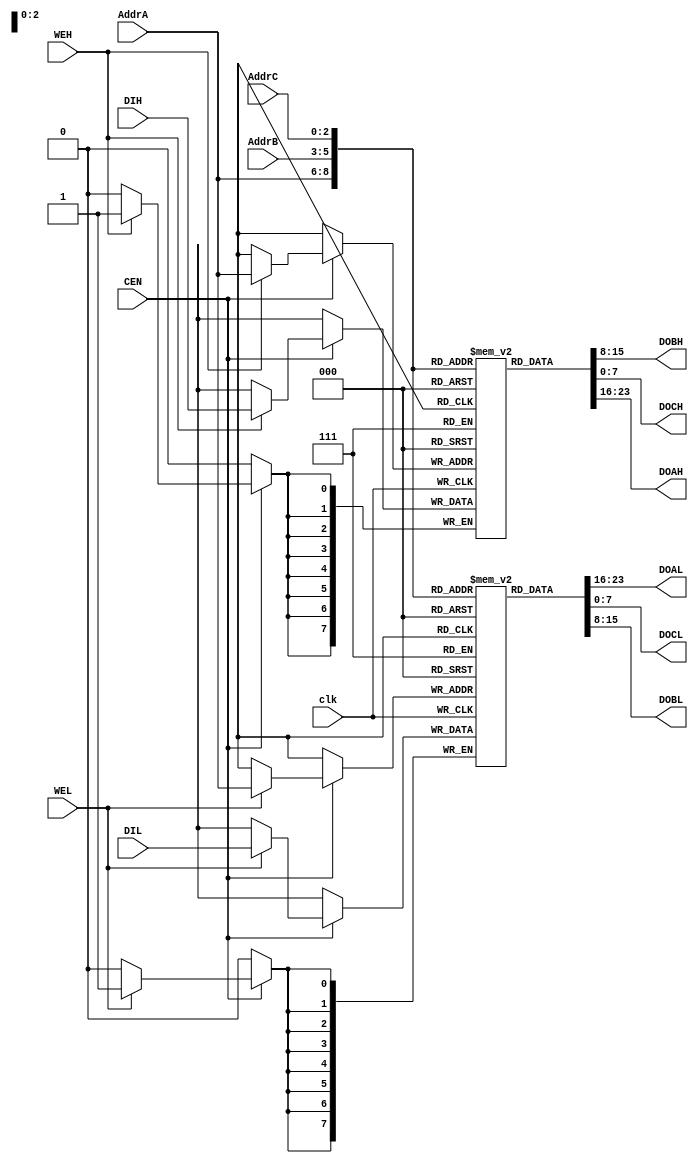
module tv80_reg (/*AUTOARG*/
  // Outputs
  DOBH, DOAL, DOCL, DOBL, DOCH, DOAH, 
  // Inputs
  AddrC, AddrA, AddrB, DIH, DIL, clk, CEN, WEH, WEL
  );
    input  [2:0] AddrC;
    output [7:0] DOBH;
    input  [2:0] AddrA;
    input  [2:0] AddrB;
    input  [7:0] DIH;
    output [7:0] DOAL;
    output [7:0] DOCL;
    input  [7:0] DIL;
    output [7:0] DOBL;
    output [7:0] DOCH;
    output [7:0] DOAH;
    input  clk, CEN, WEH, WEL;

  reg [7:0] RegsH [0:7];
  reg [7:0] RegsL [0:7];

  always @(posedge clk)
    begin
      if (CEN)
        begin
          if (WEH) RegsH[AddrA] <= DIH;
          if (WEL) RegsL[AddrA] <= DIL;
        end
    end
          
  assign DOAH = RegsH[AddrA];
  assign DOAL = RegsL[AddrA];
  assign DOBH = RegsH[AddrB];
  assign DOBL = RegsL[AddrB];
  assign DOCH = RegsH[AddrC];
  assign DOCL = RegsL[AddrC];

  // break out ram bits for waveform debug
// synopsys translate_off
  wire [7:0] B = RegsH[0];
  wire [7:0] C = RegsL[0];
  wire [7:0] D = RegsH[1];
  wire [7:0] E = RegsL[1];
  wire [7:0] H = RegsH[2];
  wire [7:0] L = RegsL[2];

  wire [15:0] IX = { RegsH[3], RegsL[3] };
  wire [15:0] IY = { RegsH[7], RegsL[7] };
// synopsys translate_on
  
endmodule